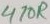
Text: 470R